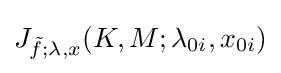
J_{{\tilde {f}};\lambda ,x}(K,M;\lambda _{0i},x_{0i})